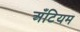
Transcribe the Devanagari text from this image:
अँटियम